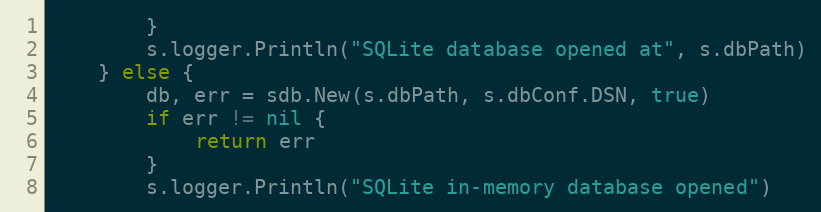
Language: Go
		}
		s.logger.Println("SQLite database opened at", s.dbPath)
	} else {
		db, err = sdb.New(s.dbPath, s.dbConf.DSN, true)
		if err != nil {
			return err
		}
		s.logger.Println("SQLite in-memory database opened")